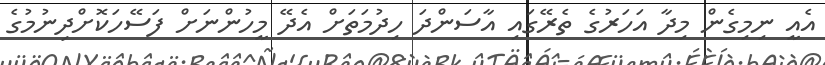
އެއީ ނިމިގެން މިދާ އަހަރުގެ ތެރޭގައި އާސަންދަ ހިދުމަތަށް އެދޭ މީހުންނަށް ފަސޭހަކޮށްދިނުމުގެ